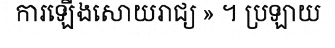
ការឡើងសោយរាជ្យ » ។ ប្រឡាយ